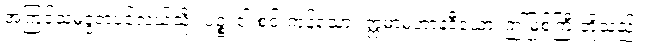
အကြင်သမုဒ္ဒရာပင်လယ်သို့။ ပဉ္စ၊ ငါးစင်းကုန်သော။ ဣမာမဟာနဒီယော၊ ဤမြစ်ကြီးတို့သည်။